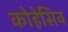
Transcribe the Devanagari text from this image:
कोहेसिव